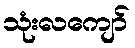
သုံးလကျော်